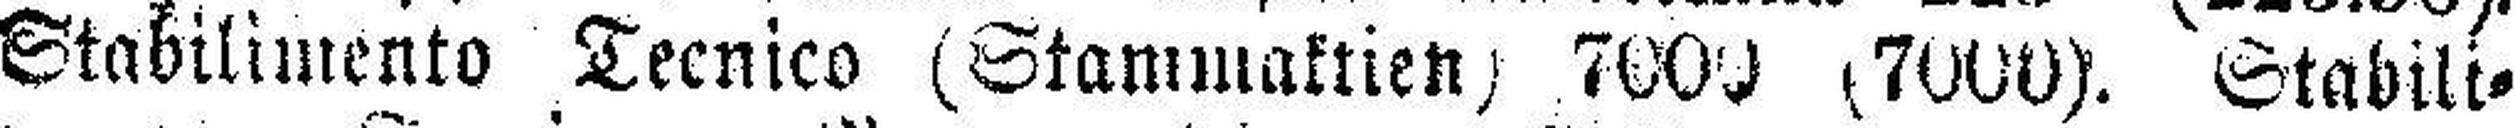
Stabilimento Tecnico (Stammaktien) 7000 (7000). Stabili¬